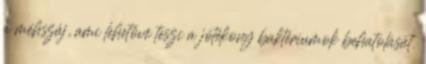
a méhszáj, ami lehetővé teszi a jótékony baktériumok behatolását.